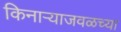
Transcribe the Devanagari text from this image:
किनार्‍याजवळच्या